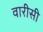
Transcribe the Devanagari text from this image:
वारीसी